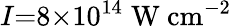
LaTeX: I{=}8{\times}10^{14}\; \mathrm{W}\ \mathrm{cm}^{-2}